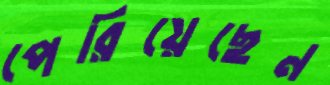
পেরিয়েছেন